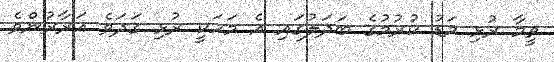
ވީމާ ރުޅި މަޑު ކުރުމުގެ ބަދަލުގައި އެ މަހަކީ ރުޅި ގަދަވެ އަރާރުންވެ